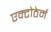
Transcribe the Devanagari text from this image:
एक्टोठेर्म